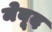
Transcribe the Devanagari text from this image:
मेबूद